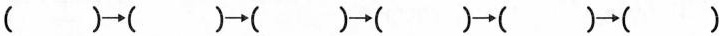
（） \rightarrow() \rightarrow（） \rightarrow（） \rightarrow（） \rightarrow（）